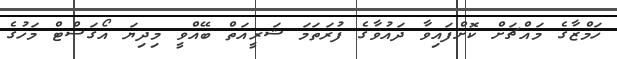
ހަމްޒާގެ މައްޗަށް ކޮށްފައިވާ ދައުވާގެ ފުރަތަމަ ޝަރީއަތް ބޭއްވީ މިދިޔަ އޯގަސްޓް މަހުގެ